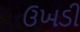
ઉખડી